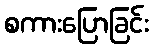
စကားပြောခြင်း